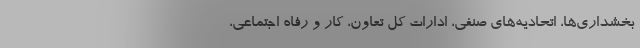
بخشداری‌ها، اتحادیه‌های صنفی، ادارات کل تعاون، کار و رفاه اجتماعی،